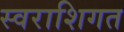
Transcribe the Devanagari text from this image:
स्वराशिगत